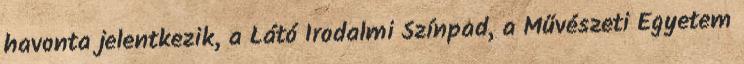
havonta jelentkezik, a Látó Irodalmi Színpad, a Művészeti Egyetem